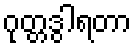
ဂုတ္တဒွါရတာ